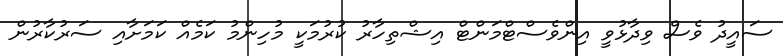
ސައީދު ވެސް ވިދާޅުވީ އިންވެސްޓްމަންޓް އިޝްތިހާރު ކުރުމަކީ މުހިންމު ކަމެއް ކަމަށާއި ސަރުކާރުން